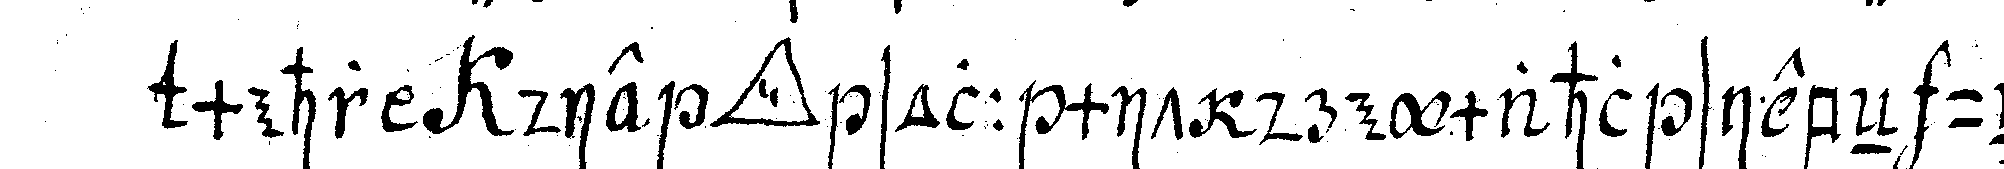
mehr die *tri..* soll mit dreymahl siebeN und